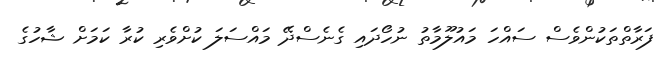
ފަރާތްތަކުންވެސް ސައްހަ މައުލޫމާތު ނުހޯދައި ގެނެސްދޭ މައްސަލަ ކުށްވެރި ކުރާ ކަމަށް ޝާހުގެ